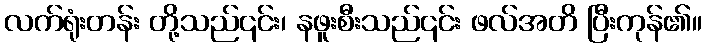
လက်ရုံးတန်း တို့သည်၎င်း၊ နဖူးစီးသည်၎င်း ဖလ်အတိ ပြီးကုန်၏။